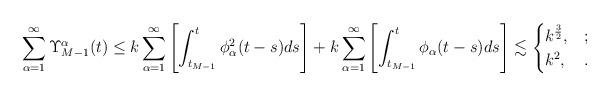
LaTeX: \begin{align*}\sum_{\alpha=1}^\infty \Upsilon_{M-1}^\alpha(t)&\leq k\sum_{\alpha=1}^\infty\left[\int_{t_{M-1}}^t \phi^2_\alpha(t-s) ds\right]+k\sum_{\alpha=1}^\infty \left[\int_{t_{M-1}}^t \phi_\alpha(t-s) ds\right] \lesssim\begin{cases}k^\frac{3}{2},&;\\k^2,&.\end{cases} \end{align*}